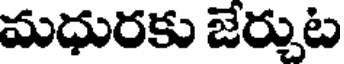
మధురకు జేర్చుట